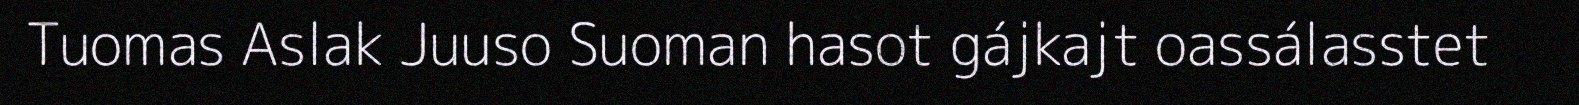
Tuomas Aslak Juuso Suoman hasot gájkajt oassálasstet